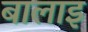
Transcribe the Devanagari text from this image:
बालाइ